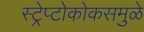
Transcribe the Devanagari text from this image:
स्ट्रेप्टोकोकसमुळे